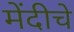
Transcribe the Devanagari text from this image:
मेंदीचे